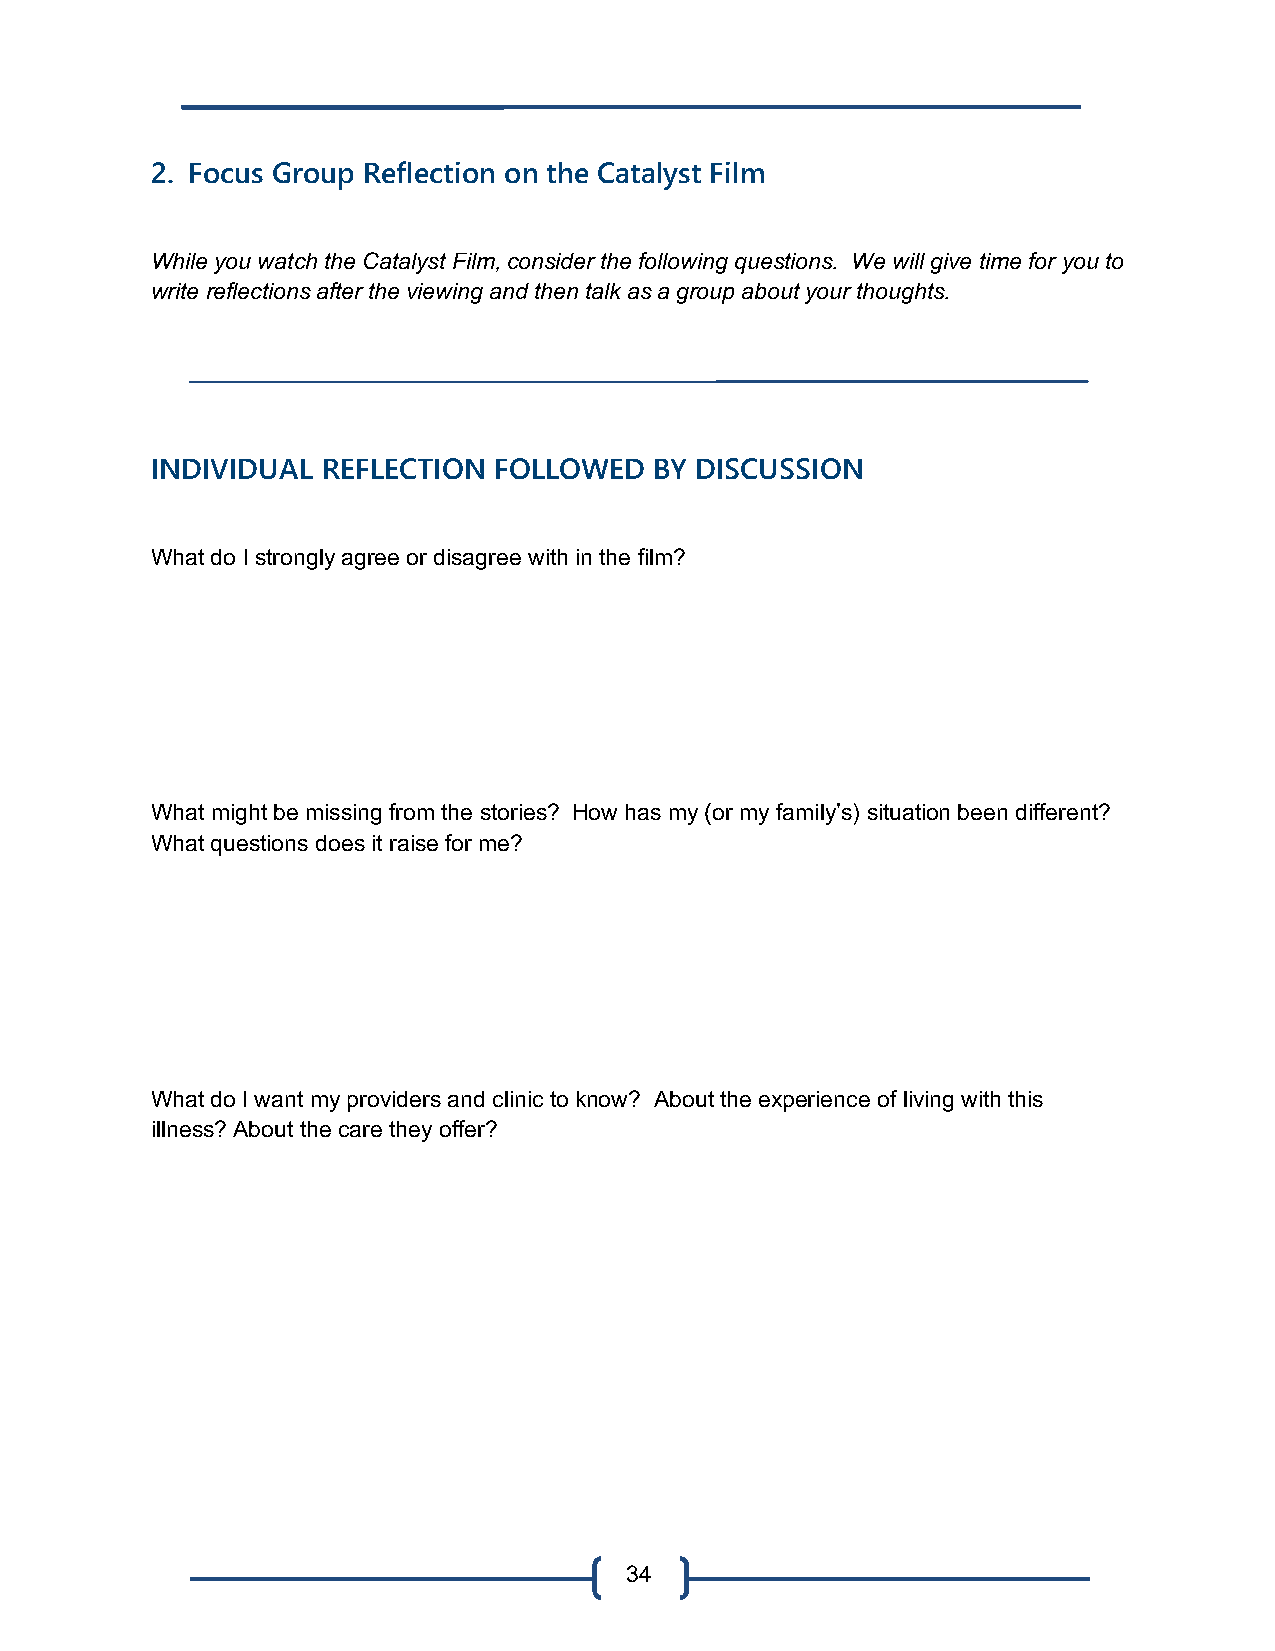
2. Focus Group Reflection on the Catalyst Film
 While you watch the Catalyst Film, consider the following questions. We will give time for you to
 write reflections after the viewing and then talk as a group about your thoughts.
 INDIVIDUAL REFLECTION  FOLLOWED  BY DISCUSSION
 What do I strongly agree or disagree with in the film?
 What might be missing from the stories? How has my (or my family’s) situation been different?
 What questions does it raise for me?
 What do I want my providers and clinic to know? About the experience of living with this
 illness? About the care they offer?
 34